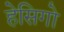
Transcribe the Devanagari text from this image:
हेसिगो